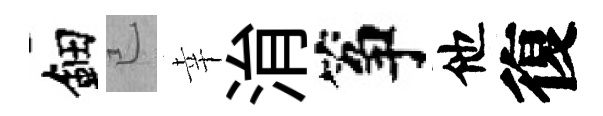
鈿已幸㳙筝他復